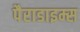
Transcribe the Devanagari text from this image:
पैराडाइम्स